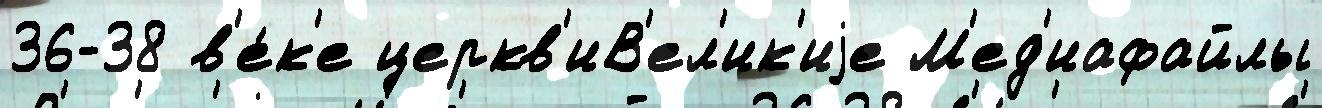
36-38 в'е́к'е церкв'иВ'ел'ик'иjе М'ед'иафайлы